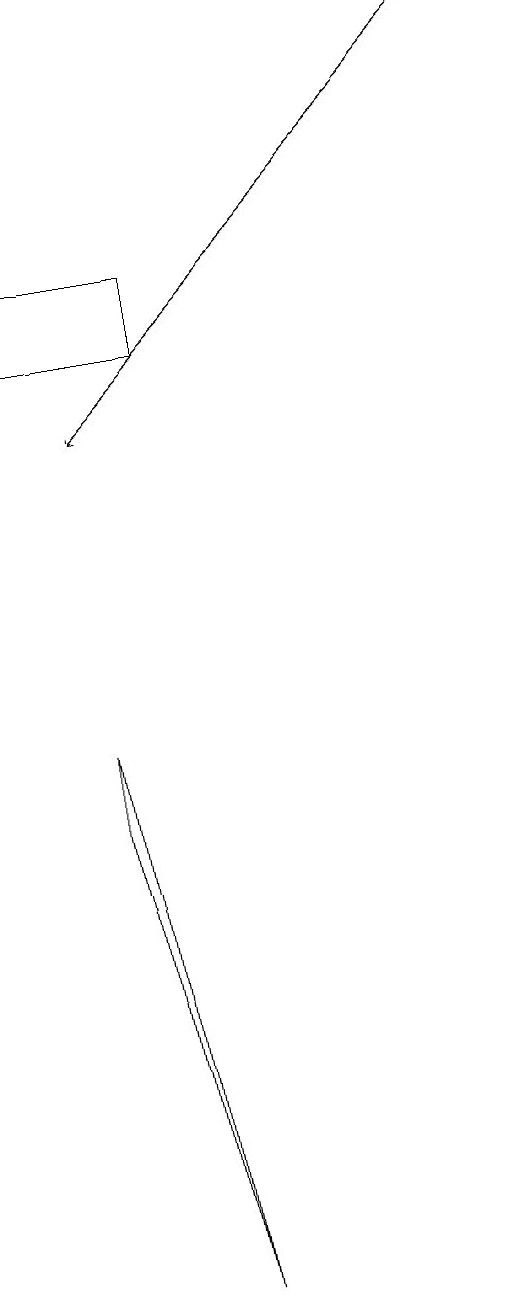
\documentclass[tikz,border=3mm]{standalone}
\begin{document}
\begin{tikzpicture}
\draw[->] (6,16) -- (1,11);
\draw (0,12) rectangle (2,13);
\draw (1,6) -- (2,0) -- (1,7) -- cycle;
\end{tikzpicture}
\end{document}